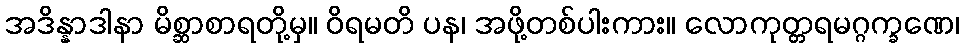
အဒိန္နာဒါနာ မိစ္ဆာစာရတို့မှ။ ဝိရမတိ ပန၊ အဖို့တစ်ပါးကား။ လောကုတ္တရမဂ္ဂက္ခဏေ၊